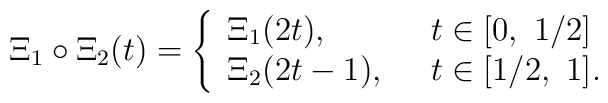
\Xi_1 \circ \Xi_2 (t) = \left\{ \begin{array}{ll} \Xi_1 (2 t),           & t\in [0,\ 1/2] \\\Xi_2 (2 t-1),\ \      & t\in [1/2,\ 1]. \end{array}\right.